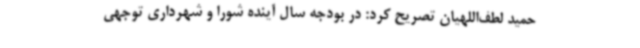
حمید لطف‌اللهیان تصریح کرد: در بودجه سال آینده شورا و شهرداری توجهی